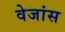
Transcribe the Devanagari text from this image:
वेजांस